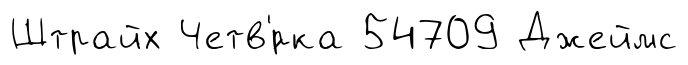
Штрайх Четв'́рка 54709 Джеймс